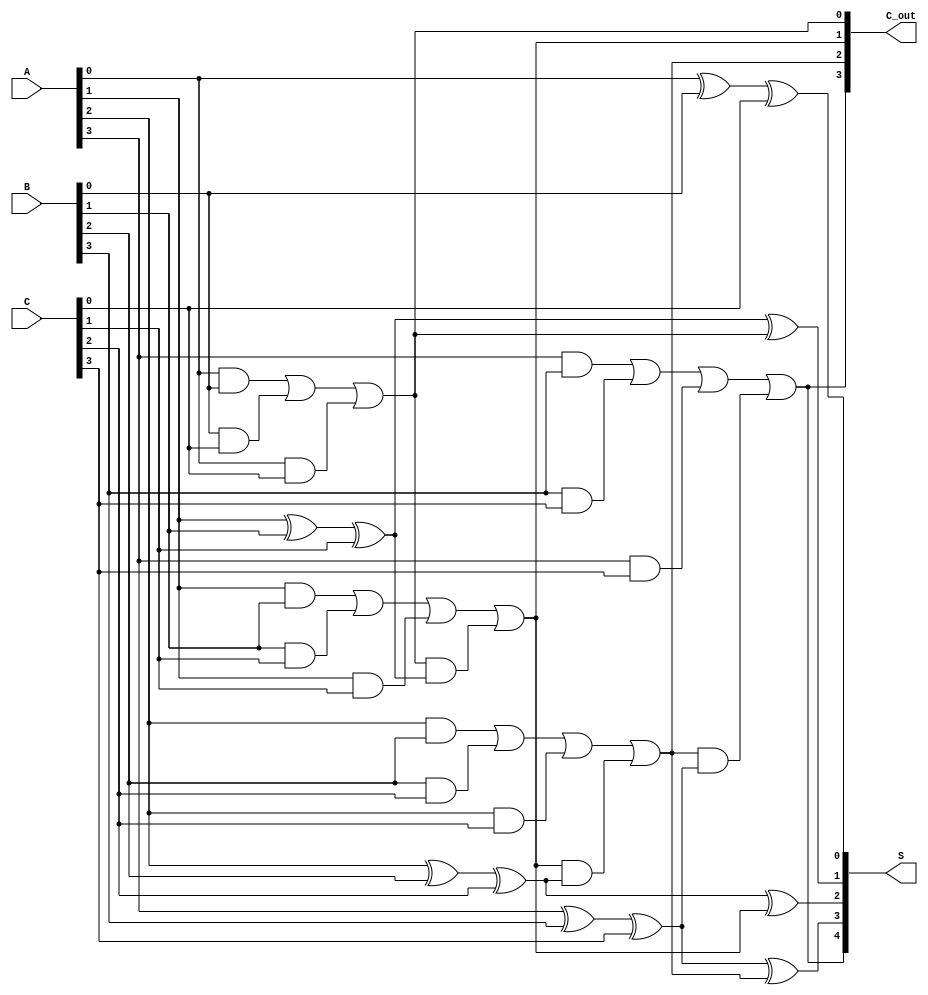
module CarrySaveAdder #(parameter N = 4) (
    input  [N-1:0] A, // First operand
    input  [N-1:0] B, // Second operand
    input  [N-1:0] C, // Third operand
    output [N:0] S,   // Sum output (N bits + 1 for carry)
    output [N-1:0] C_out // Carry output
);

// Internal wires for the sum and carry outputs of the Full Adders
wire [N-1:0] sum;
wire [N-1:0] carry;

// Full Adder logic
genvar i;
generate
    for (i = 0; i < N; i = i + 1) begin : full_adder
        if (i == 0) begin
            // For the first Full Adder, no previous carry
            assign sum[i] = A[i] ^ B[i] ^ C[i];
            assign carry[i] = (A[i] & B[i]) | (B[i] & C[i]) | (A[i] & C[i]);
        end else begin
            // For subsequent Full Adders
            assign sum[i] = A[i] ^ B[i] ^ C[i] ^ carry[i-1];
            assign carry[i] = (A[i] & B[i]) | (B[i] & C[i]) | (A[i] & C[i]) | (carry[i-1] & (A[i] ^ B[i] ^ C[i]));
        end
    end
endgenerate

// Final carry output
assign C_out = carry;

// Final sum output
assign S = {carry[N-1], sum}; // Concatenate the last carry with the sum

endmodule